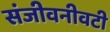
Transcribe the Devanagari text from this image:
संजीवनीवटी